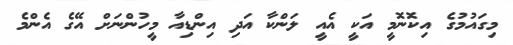
މިގައުމުގެ އިކޮނޮމީ އަކީ އެއީ ލަންކާ އަދި އިންޑިއާ މީހުންނަށް އޭގެ އެންމެ